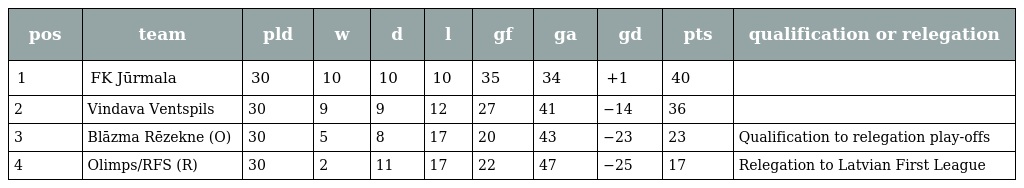
| pos | team | pld | w | d | l | gf | ga | gd | pts | qualification or relegation |
 | --- | --- | --- | --- | --- | --- | --- | --- | --- | --- | --- |
 | 1 | FK Jūrmala | 30 | 10 | 10 | 10 | 35 | 34 | +1 | 40 |  |
 | 2 | Vindava Ventspils | 30 | 9 | 9 | 12 | 27 | 41 | −14 | 36 |  |
 | 3 | Blāzma Rēzekne (O) | 30 | 5 | 8 | 17 | 20 | 43 | −23 | 23 | Qualification to relegation play-offs |
 | 4 | Olimps/RFS (R) | 30 | 2 | 11 | 17 | 22 | 47 | −25 | 17 | Relegation to Latvian First League |